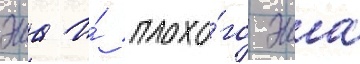
эша и́ плохо́го эша